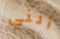
أنني